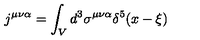
j ^ { \mu \nu \alpha } = \int _ { V } d ^ { 3 } \sigma ^ { \mu \nu \alpha } \delta ^ { 5 } ( x - \xi )